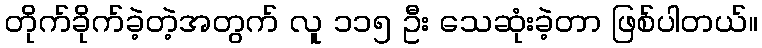
တိုက်ခိုက်ခဲ့တဲ့အတွက် လူ ၁၁၅ ဦး သေဆုံးခဲ့တာ ဖြစ်ပါတယ်။